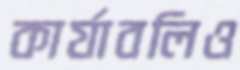
কার্যাবলিও